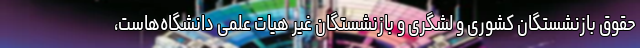
حقوق بازنشستگان کشوری و لشگری و بازنشستگان غیر هیات علمی دانشگاه‌هاست،